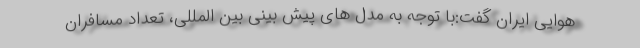
هوایی ایران گفت:با توجه به مدل های پیش بینی بین المللی، تعداد مسافران